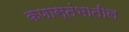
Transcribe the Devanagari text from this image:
कणास्तंभातील